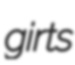
girts